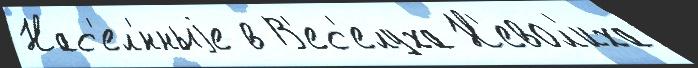
Нас'ел'́нныjе в В'ес'елуха Н'евол'иха